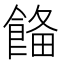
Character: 𩜗